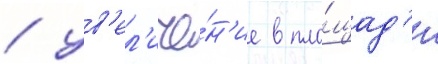
/ ув'ел'иче́н'ие в пло́щад'и